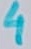
Text: 4